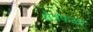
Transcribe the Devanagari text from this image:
क्षेत्रफळा